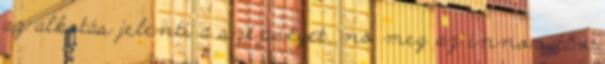
az alkotás jelenti a szépséget, no meg az innovatív